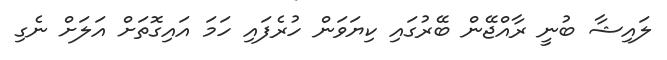
ލައިޝާ ބުނީ ރާއްޖޭން ބޭރުގައި ކިޔަވަން ހުރެފައި ހަމަ އައިގޮތަށް އަލަށް ނެގި